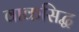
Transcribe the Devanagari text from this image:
वाकसिद्ध